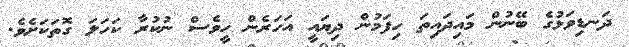
ދަނޑިވަޅުގެ ބޭނުން މައިދައިތަ ހިފަމުން ދިޔައީ އަހަރެން ހީވެސް ނުކުރާ ކަހަލަ ގޮތަކަށެވެ.